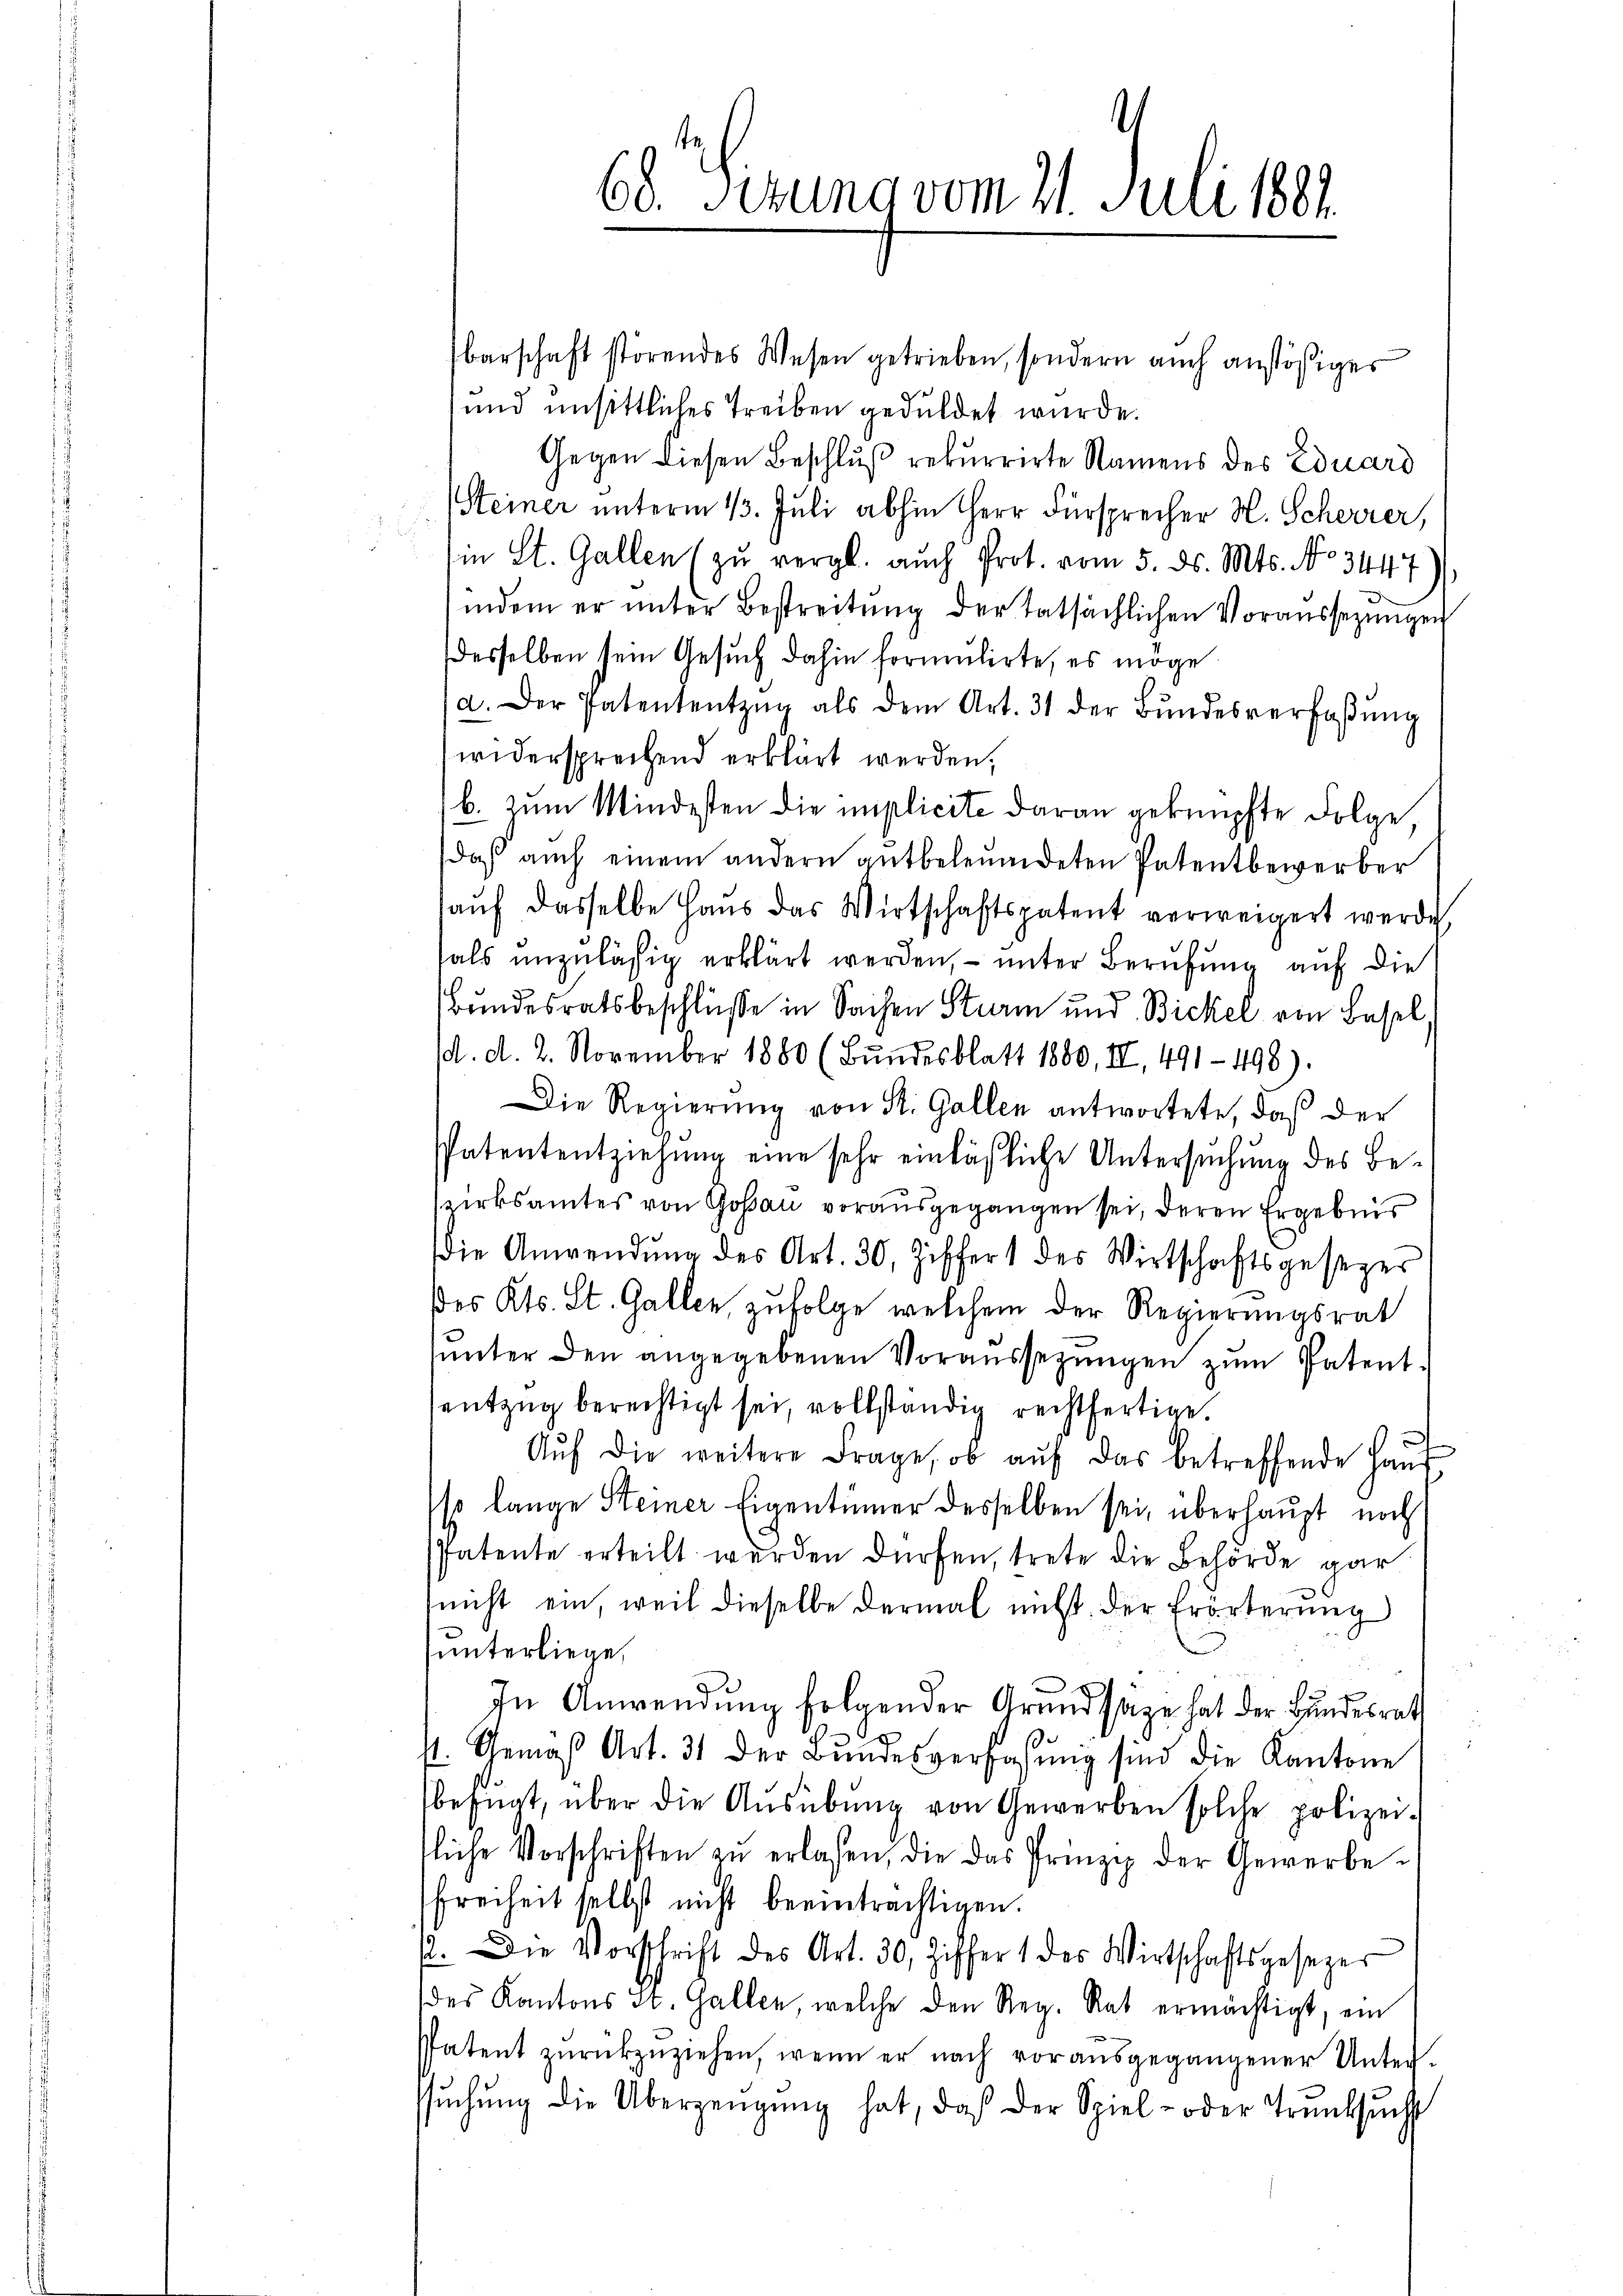
68. Gesung vom 21. Juli 1881

barschaft störendes Wesen getrieben, sondern auch anstößiges
und unsittliches Treiben geduldet wurde.
Gegen diesen Beschluß rekurrirte Namens des Eduard
teiner unterm 13. Juli abhin Herr Fürsprecher H. Scheerer,
in St. Gallen (zu vergl. auch Prot. vom 5. ds. Mts. No 3447)
indem er ŭnter Bestreitŭng der tatsächlichen Voraŭssezungen
desselben sein Gesŭch dahin formulirte, es möge
a. Der Patententzŭg als dem Art. 31 der Bŭndesverfaβŭng
widersprechend erklärt werden,
b. zum Mindesten die miplicite daran geknüpfte Folge,
daß auch einem andern antbeleumdeten Patentbewerber
auf dasselbe Haus das Wirtschaftspatent verweigert werden,
fals unzulässig erklärt werden, – unter Berufung auf die
Bundesratsbeschlüße in Sachen Sturm und Bickel von Basel
d. d. 2. November 1880 (Bŭndesblatt 1880, II, 491-498).
Die Regierung von St. Gallen antwortete, daß der
spatententziehung eine sehr einläßliche Untersuchung des Bezirksamtes von Gossau vorausgegangen sei, deren Ergebnis
Die Anwendŭng des Art. 30, Ziffert des Wirtschaftsgesezer
des Kts. St. Gallen, zufolge welchem der Regierungsrat
sunter den angegebenen Voraussezungen zum Patententzug berechtigt sei, vollständig rechtfertige.
Aŭf die weitere Frage, ob aŭf das betreffende Haŭs
so lange Steiner Eigentümer desselben sei, überhaupt noch
Patente erteilt werden dürfen, trete die Behörde gar
nicht ein, weil dieselbe dermal nicht der Erörterung
unterliege,
In Anwendung folgender Grundsäze hat der Bundesrath
4. Gemäβ Art. 31 der Bŭndesverfassŭng sind die Kantone
befügt, über die Aŭsübŭng von Gewerben solche polizeifliche Vorschriften zŭ erlaßen, die das Prinzip der Gewerbe-
freiheit selbst nicht beeinträchtigen.
2. Die Vorschrift des Art. 30, Ziffer 1 des Wirtschaftsgesezer
des Kantons St. Gallen, welche den Reg. Rat ermächtigt, ein
Patent zŭrückzŭziehen, wenn er nach vor aŭsgegangener Unter-
ssŭchŭng die Überzeugung hat, daß der Spiel- oder Trŭnksŭcht